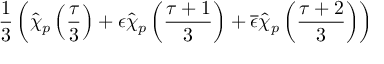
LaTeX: \frac { 1 } { 3 } \left( \widehat { \chi } _ { p } \left( \frac { \tau } { 3 } \right) + \epsilon \widehat { \chi } _ { p } \left( \frac { \tau + 1 } { 3 } \right) + \overline { { { \epsilon } } } \widehat { \chi } _ { p } \left( \frac { \tau + 2 } { 3 } \right) \right)